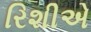
રિશીએ